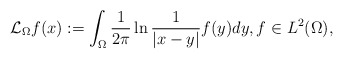
\begin{align*}\mathcal{L}_{\Omega}f(x):= \int_{\Omega}\frac{1}{2\pi}\ln\frac{1}{|x-y|}f(y)dy,f\in L^{2}(\Omega),\end{align*}